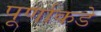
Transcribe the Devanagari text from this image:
पूर्णाकडे